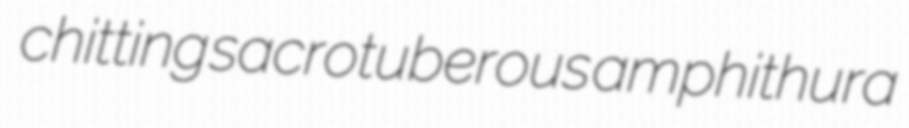
chitting sacrotuberous amphithura